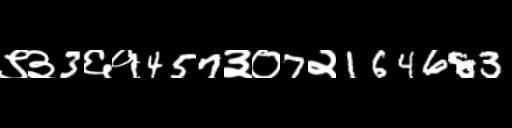
Text: ९३3६१457३०7२164683